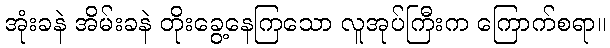
အုံးခနဲ အိမ်းခနဲ တိုးခွေ့နေကြသော လူအုပ်ကြီးက ကြောက်စရာ။